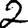
Digit: 2